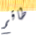
طاقم